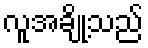
လူအချို့သည်